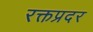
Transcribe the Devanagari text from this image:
रक्तप्रदर